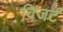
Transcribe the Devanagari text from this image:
विजर्ट